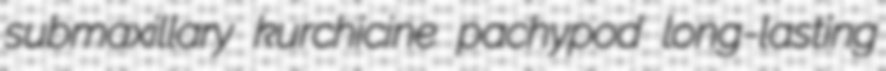
submaxillary kurchicine pachypod long-lasting